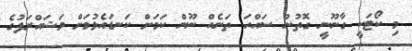
މި ކޯޓަކީ ގާނޫނީ ގޮތުން ސައްހަ ތަނެއް ނޫން ކަމަށް ކަނޑައެޅުމަށް މަޝައްރަފުގެ